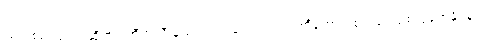
ယက်စ်မင်ရဲ့ အဆိုအရ အီတလီ နည်းပညာ ကျောင်း က တီကောင် စက်ရုပ်သစ် ပုံဖော်နိုင်မှုက